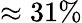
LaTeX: \approx 31\%